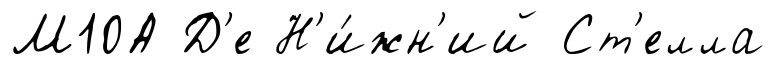
М10А Д'е Н'и́жн'ий Ст'елла